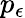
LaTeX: p_{\epsilon}